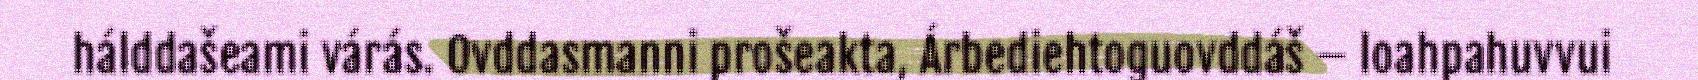
hálddašeami várás. Ovddasmanni prošeakta, Árbediehtoguovddáš – loahpahuvvui